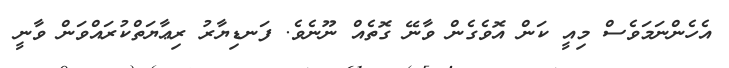
އެހެންނަމަވެސް މިއީ ކަން އޮވެގެން ވާނޭ ގޮތެއް ނޫނެވެ. ފަނޑިޔާރު ރިޢާޔަތްކުރައްވަން ވާނީ